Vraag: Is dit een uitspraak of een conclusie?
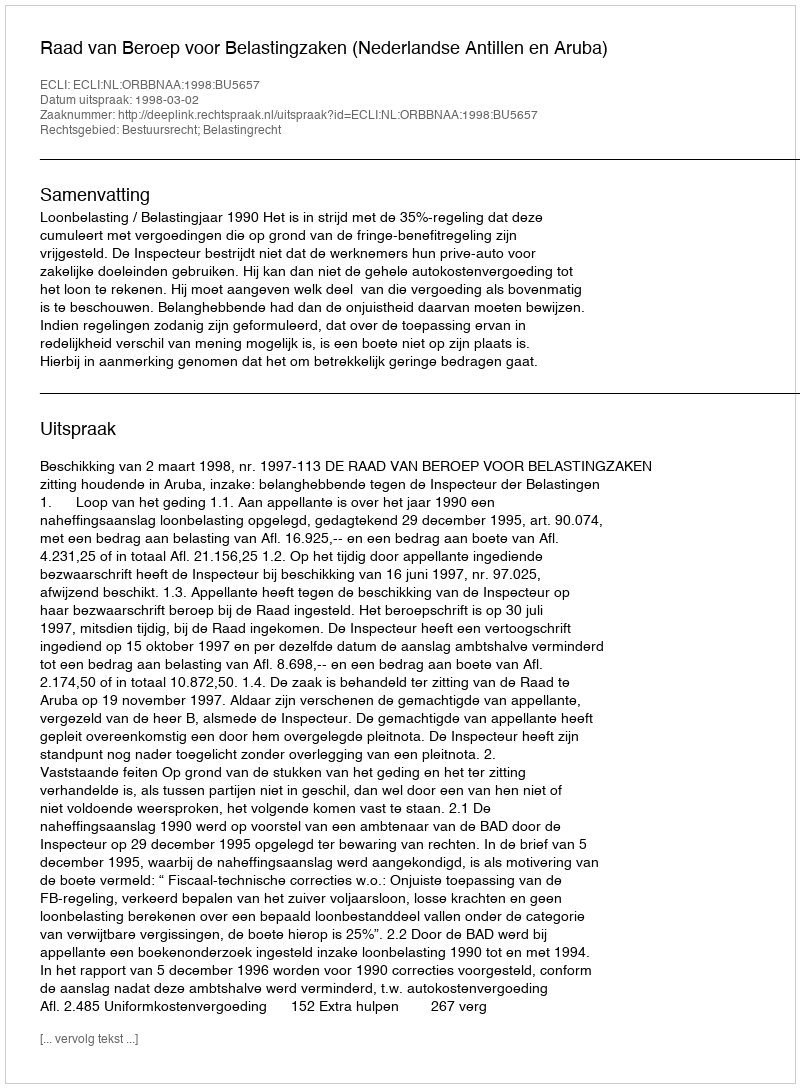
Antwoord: Uitspraak